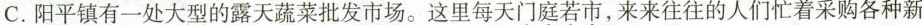
C.阳平镇有一处大型的露天蔬菜批发市场。这里每天\underset{·}{门}\underset{·}{庭}\underset{·}{若}\underset{·}{市}，来来往往的人们忙着采购各种新